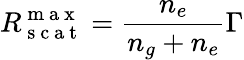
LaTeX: R_{\mathrm{~s~c~a~t~}}^{\mathrm{~m~a~x~}}=\frac{n_{e}}{n_{g}+n_{e}}\Gamma